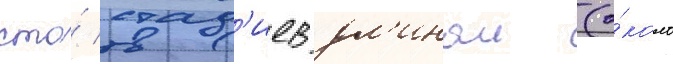
сто́ стад'иев дл'инои (о́коло